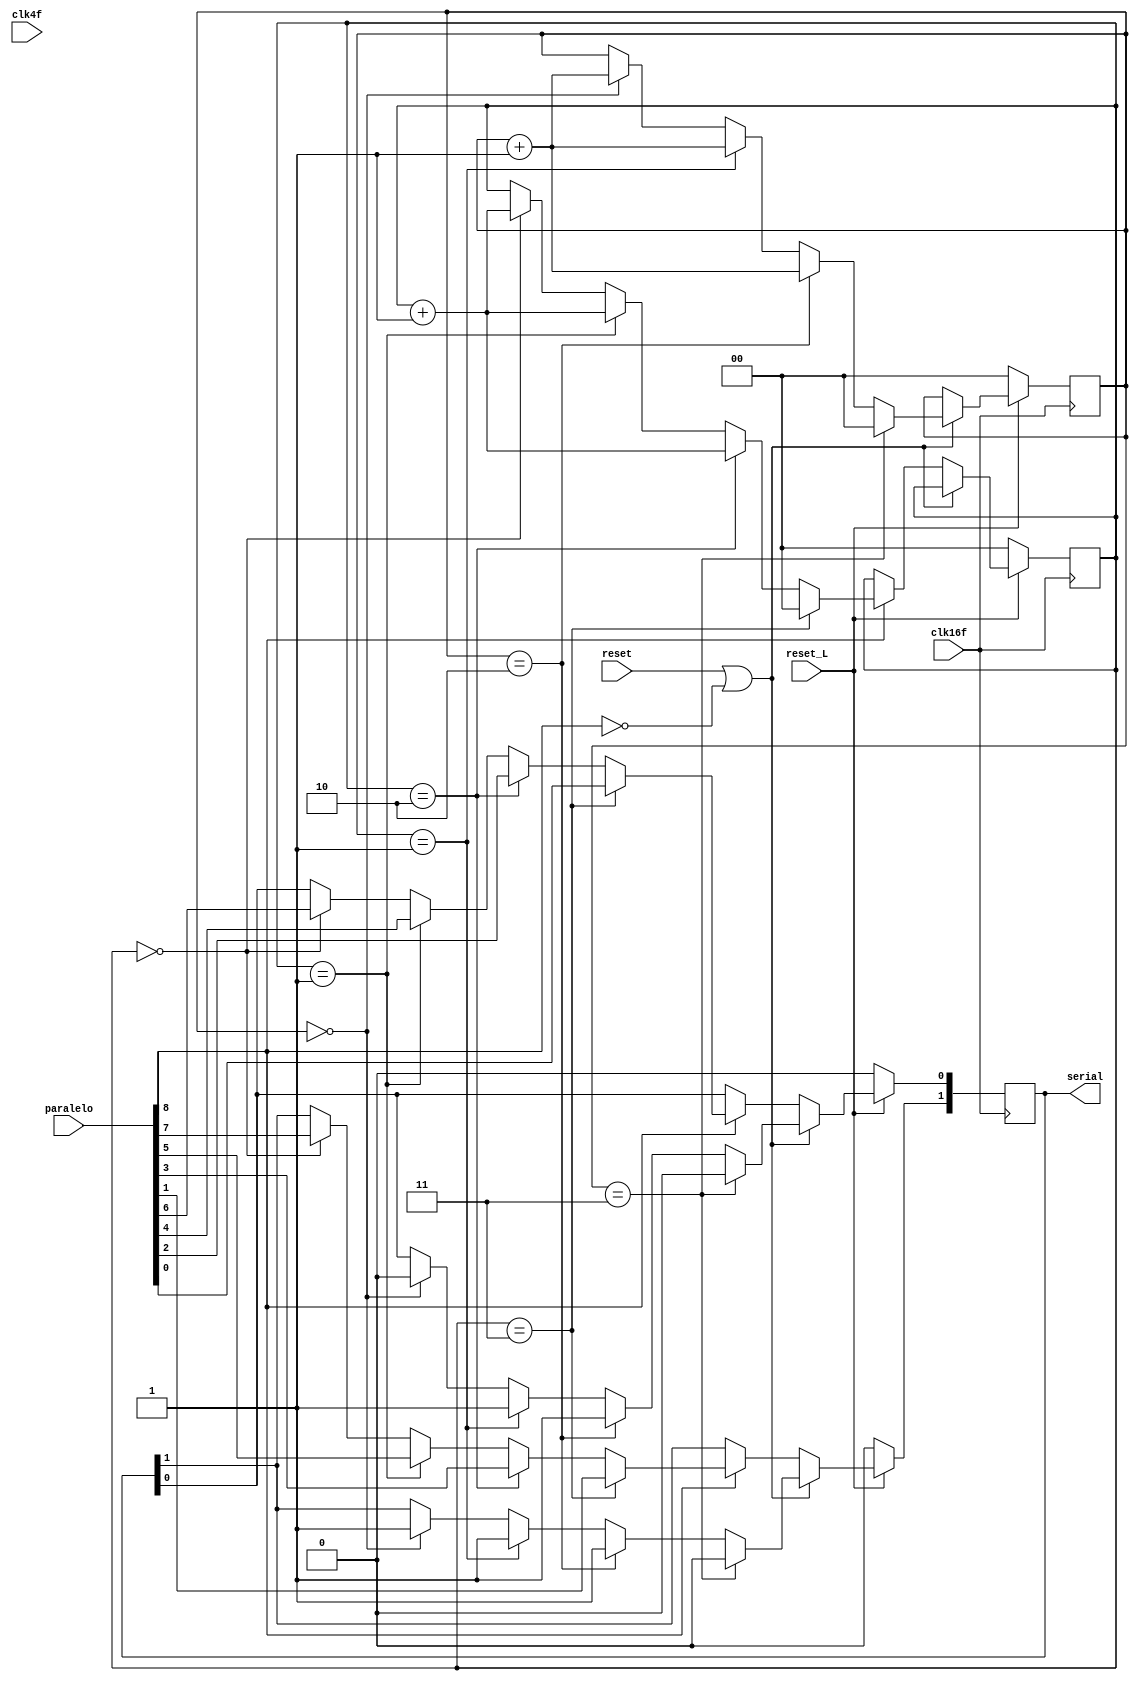
module ParaleloSerial	(	input 				clk16f,
							input 				clk4f,
							input 				reset,
							input 				reset_L,
							input [8:0] 		paralelo,
							output reg	[1:0]	serial
						);
	reg [1:0] counterbc;
	reg [1:0] counterdata;

	always @ (posedge clk16f) begin

		if(!reset_L)begin
			counterbc<=0;
			counterdata<=0;
			serial <= 'b0;
		end

		else begin

		//Envio de los $BC
		//Si el reset esta en alto o el valid del dato
		//esta en cero entonces mande $BC's
		if(reset || paralelo[8] == 0)begin
			if(counterbc == 0)begin
				serial <= 2'b10;
				counterbc <= counterbc +1;
			end

			if(counterbc == 1)begin
				serial <= 2'b11;
				counterbc <= counterbc +1;
			end

			if(counterbc == 2)begin
				serial <= 2'b11;
				counterbc <= counterbc +1;
			end

			if(counterbc == 3)begin
				serial <= 2'b00;
				counterbc <= 0;
			end
		end

		else begin

			//Envio de los datos cuando su bit de valid es 1
			if(paralelo[8] == 1)begin

				if(counterdata == 0)begin
					serial[1] <= paralelo[7];
					serial[0] <= paralelo[6];
					counterdata <= counterdata +1;
				end

				if(counterdata == 1)begin
					serial[1] <= paralelo[5];
					serial[0] <= paralelo[4];
					counterdata <= counterdata +1;
				end

				if(counterdata == 2)begin
					serial[1] <= paralelo[3];
					serial[0] <= paralelo[2];
					counterdata <= counterdata +1;
				end

				if(counterdata == 3)begin
					serial[1] <= paralelo[1];
					serial[0] <= paralelo[0];
					counterdata <= 0;
				end
			end
		end
		end
	end 

endmodule